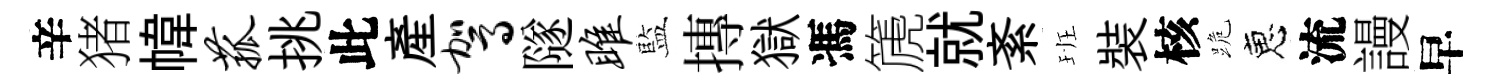
辛猪幃菰挑此産驾隧雎藍摶獄馮篪就紊班裝核跪恵流謾早